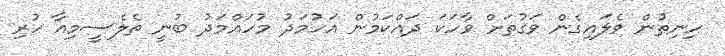
ހިނިތުން ވެލައިގެން ވަގުތަށް ވާހަކަ ދައްކަމުން އަހުމަދު މުހައްމަދު ބުނީ ތެލެސީމިއާ ހުރި